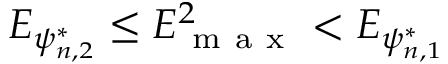
E _ { \psi _ { n , 2 } ^ { * } } \leq E _ { \mathrm { ~ m ~ a ~ x ~ } } ^ { 2 } < E _ { \psi _ { n , 1 } ^ { * } }